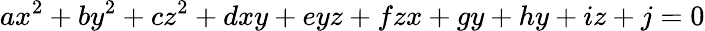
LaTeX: ax^{2}+by^{2}+cz^{2}+dxy+eyz+fzx+gy+hy+iz+j=0